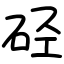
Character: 硁